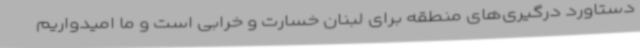
دستاورد درگیری‌های منطقه برای لبنان خسارت و خرابی است و ما امیدواریم